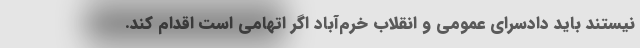
نیستند باید دادسرای عمومی و انقلاب خرم‌آباد اگر اتهامی است اقدام کند.